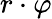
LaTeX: r\cdot\varphi